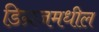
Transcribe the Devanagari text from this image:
डिग्रजमधील